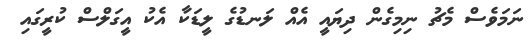
ނަމަވެސް މެޗު ނިމިގެން ދިޔައީ އެއް ލަނޑުގެ ލީޑަކާ އެކު އީގަލްސް ކުރީގައި